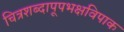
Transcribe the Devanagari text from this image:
चित्रशब्दापूपभक्षविपाक